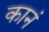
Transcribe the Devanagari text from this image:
कानं